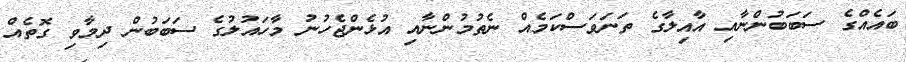
ބައެއްގެ ސަބަބުންނާއި އާއިލާގެ ތަނަަވަސްކަމެއް ނެތުމުންނާއި އުޅެންޖެހުނު މާހައުލުގެ ސަބަބުން ދިމާވި ގޮތެއް